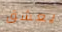
يعشق